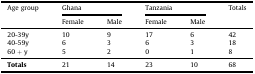
<table><thead><tr><td rowspan="2"><b>Age group</b></td><td colspan="2"><b>Ghana</b></td><td colspan="2"><b>Tanzania</b></td><td rowspan="2"><b>Totals</b></td></tr><tr><td><b>Female</b></td><td><b>Male</b></td><td><b>Female</b></td><td><b>Male</b></td></tr></thead><tbody><tr><td>20-39y</td><td>10</td><td>9</td><td>17</td><td>6</td><td>42</td></tr><tr><td>40-59y</td><td>6</td><td>3</td><td>6</td><td>3</td><td>18</td></tr><tr><td>60 + y</td><td>5</td><td>2</td><td>0</td><td>1</td><td>8</td></tr><tr><td><b>Totals</b></td><td>21</td><td>14</td><td>23</td><td>10</td><td>68</td></tr></tbody></table>